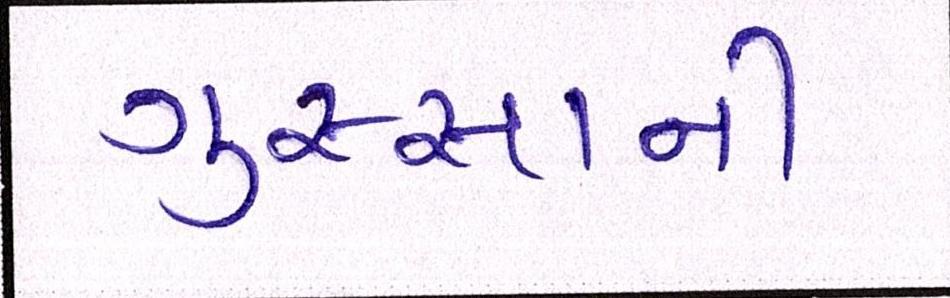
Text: ગુસ્સાની